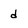
Character: d